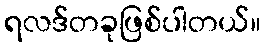
ရလဒ်တခုဖြစ်ပါတယ်။